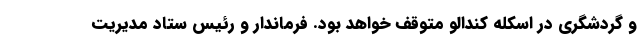
و گردشگری در اسکله کندالو متوقف خواهد بود. فرماندار و رئیس ستاد مدیریت